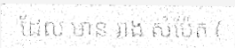
ដែល មាន រាង សំប៉ែត (